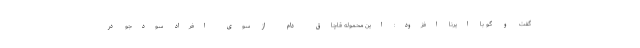
گفت و گو با ایرنا افزود: این محموله قاچاق دام از سوی افراد سودجو در